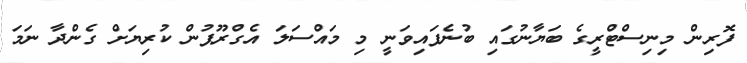
ފޮރިން މިނިސްޓްރީގެ ބަޔާނުގައި ބުނެފައިވަނީ މި މައްސަލަ އެގްރޫޕުން ކުރިޔަށް ގެންދާ ނަމަ